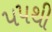
૫૫થી